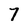
Character: 7